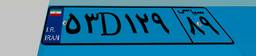
۵۳D۱۲۹۸۹